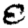
Digit: 8